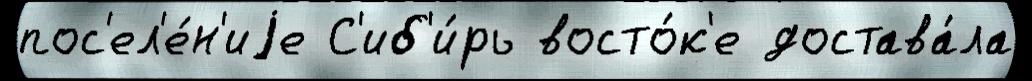
пос'ел'е́н'иjе С'иб'и́рь восто́к'е достава́ла